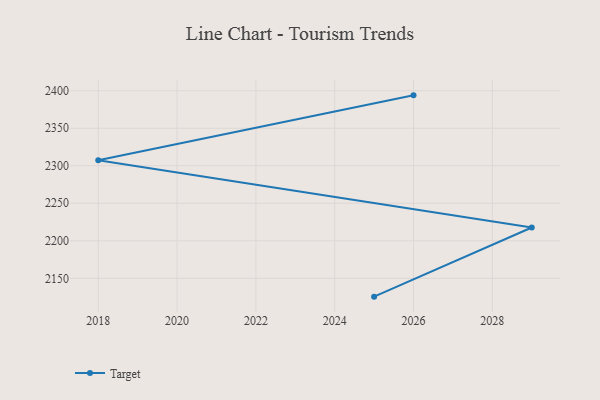
{"axis": {"x": "Year", "y": "Active Users"}, "legend": ["Target"], "data": [{"x": "2026", "y": 2393.8, "type": "Target"}, {"x": "2018", "y": 2307.2, "type": "Target"}, {"x": "2029", "y": 2217.7, "type": "Target"}, {"x": "2025", "y": 2125.6, "type": "Target"}]}